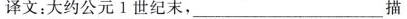
译文：大约公元1世纪末，___ 描